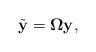
LaTeX: \begin{align*}\tilde{\mathbf{y}}_{}=\mathbf{\Omega}\mathbf{y},\end{align*}